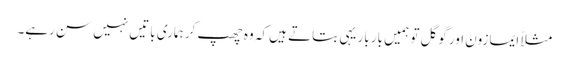
مثلاً ایمازون اور گوگل تو ہمیں بار بار یہی بتاتے ہیں کہ وہ چھپ کر ہماری باتیں نہیں سن رہے۔